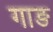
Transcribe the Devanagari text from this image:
गाङ